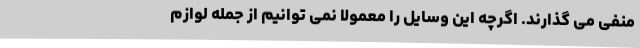
منفی می گذارند. اگرچه این وسایل را معمولا نمی توانیم از جمله لوازم